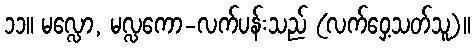
၁၁။ မလ္လော, မလ္လကော-လက်ပန်းသည် (လက်ဝှေ့သတ်သူ)။